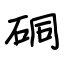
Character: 硐